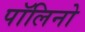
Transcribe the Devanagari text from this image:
पॉलिनो